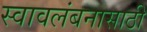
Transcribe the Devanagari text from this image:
स्वावलंबनासाठी